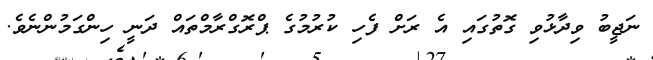
ނަޖީބު ވިދާޅުވި ގޮތުގައި އެ ރަށް ފެހި ކުރުމުގެ ޕްރޮގްރާމްތައް ދަނީ ހިންގަމުންނެވެ.